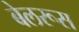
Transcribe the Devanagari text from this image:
बेलरूस